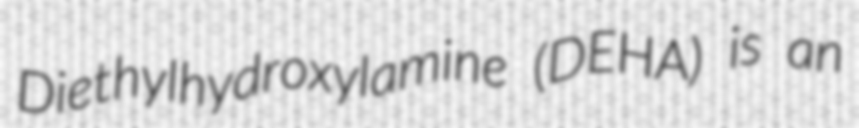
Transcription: Diethylhydroxylamine (DEHA) is an